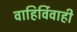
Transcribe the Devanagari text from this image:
वाहिर्विवाही